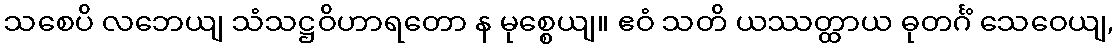
သစေပိ လဘေယျ သံသဋ္ဌဝိဟာရတော န မုစ္စေယျ။ ဧဝံ သတိ ယဿတ္ထာယ ဓုတင်္ဂံ သေဝေယျ,